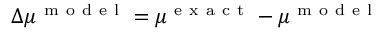
\Delta \mu ^ { \mathrm { ~ m ~ o ~ d ~ e ~ l ~ } } = \mu ^ { \mathrm { ~ e ~ x ~ a ~ c ~ t ~ } } - \mu ^ { \mathrm { ~ m ~ o ~ d ~ e ~ l ~ } }